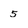
Character: 5